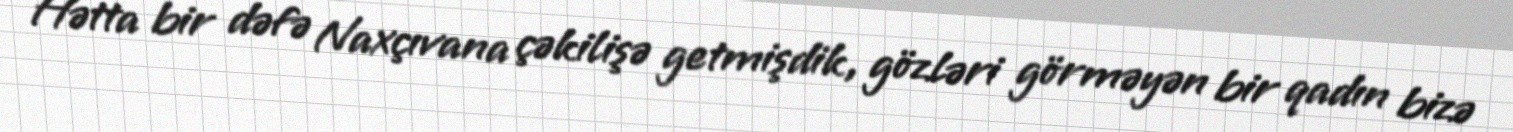
Hətta bir dəfə Naxçıvana çəkilişə getmişdik, gözləri görməyən bir qadın bizə